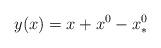
LaTeX: \begin{align*}y(x) = x + x^0 - x^0_*\end{align*}